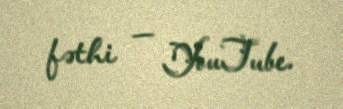
fəthi — YouTube.